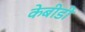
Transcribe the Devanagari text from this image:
केबीडी